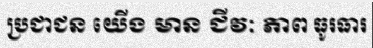
ប្រជាជន យើង មាន ជីវៈ ភាព ធូរធារ